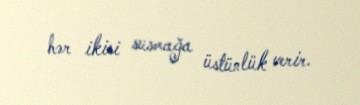
hər ikisi susmağa üstünlük verir.